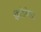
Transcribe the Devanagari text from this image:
सेंटीग्रेड।